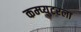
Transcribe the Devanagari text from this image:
कम्प्युटरला